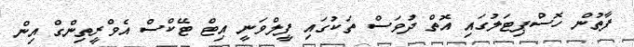
ފާތުން ހޮސްޕިޓަލުގައި އޮތް ދުވަސް ތަކުގައި ފީލްވަނީ އިޓް ޓޭކްސް އެވްރީތިންގް އިން